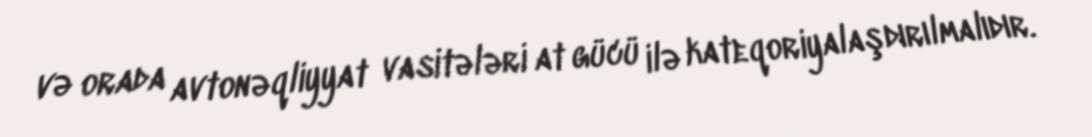
və orada avtonəqliyyat vasitələri at gücü ilə kateqoriyalaşdırılmalıdır.